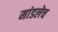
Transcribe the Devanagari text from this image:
मांडलेच